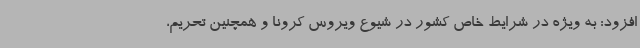
افزود: به ویژه در شرایط خاص کشور در شیوع ویروس کرونا و همچنین تحریم،